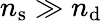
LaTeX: n_{\mathrm{s}}\gg n_{\mathrm{d}}